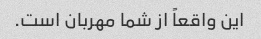
این واقعاً از شما مهربان است.